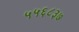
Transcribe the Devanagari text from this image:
५५६८३७